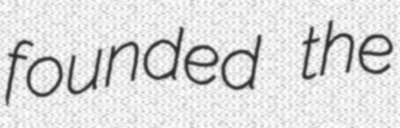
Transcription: founded the